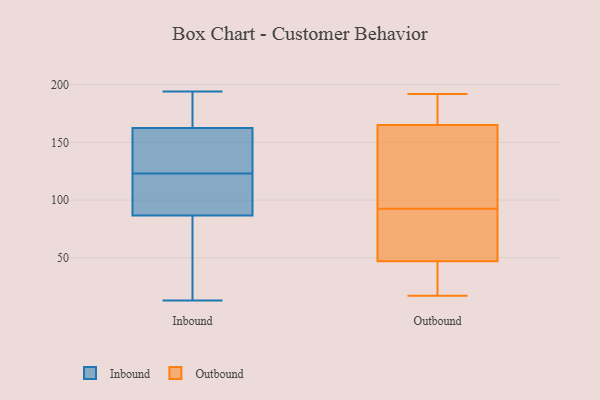
{"axis": {"x": "Market Share (%)", "y": "Value"}, "legend": ["Inbound", "Outbound"], "data": [{"x": "", "y": 173, "type": "Inbound"}, {"x": "", "y": 194, "type": "Inbound"}, {"x": "", "y": 13, "type": "Inbound"}, {"x": "", "y": 182, "type": "Inbound"}, {"x": "", "y": 103, "type": "Inbound"}, {"x": "", "y": 91, "type": "Inbound"}, {"x": "", "y": 132, "type": "Inbound"}, {"x": "", "y": 123, "type": "Inbound"}, {"x": "", "y": 82, "type": "Inbound"}, {"x": "", "y": 123, "type": "Inbound"}, {"x": "", "y": 152, "type": "Inbound"}, {"x": "", "y": 41, "type": "Inbound"}, {"x": "", "y": 40, "type": "Outbound"}, {"x": "", "y": 99, "type": "Outbound"}, {"x": "", "y": 54, "type": "Outbound"}, {"x": "", "y": 99, "type": "Outbound"}, {"x": "", "y": 187, "type": "Outbound"}, {"x": "", "y": 20, "type": "Outbound"}, {"x": "", "y": 123, "type": "Outbound"}, {"x": "", "y": 17, "type": "Outbound"}, {"x": "", "y": 55, "type": "Outbound"}, {"x": "", "y": 17, "type": "Outbound"}, {"x": "", "y": 143, "type": "Outbound"}, {"x": "", "y": 86, "type": "Outbound"}, {"x": "", "y": 192, "type": "Outbound"}, {"x": "", "y": 188, "type": "Outbound"}, {"x": "", "y": 192, "type": "Outbound"}, {"x": "", "y": 75, "type": "Outbound"}]}